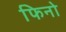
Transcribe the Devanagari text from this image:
फिनो